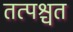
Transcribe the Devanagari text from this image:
तत्पश्चत